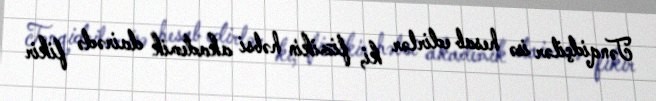
Tənqidçilər isə hesab edirlər ki, fizikin həbsi akademik dairədə fikir